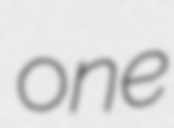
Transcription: one